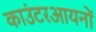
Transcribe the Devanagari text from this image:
काउंटरआयनों